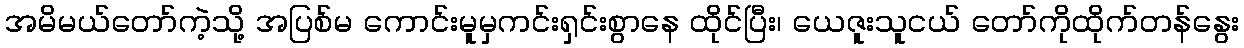
အမိမယ်တော်ကဲ့သို့ အပြစ်မ ကောင်းမူမှကင်းရှင်းစွာနေ ထိုင်ပြီး၊ ယေဇူးသူငယ် တော်ကိုထိုက်တန်နွေး